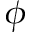
\phi